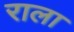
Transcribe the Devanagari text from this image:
राला